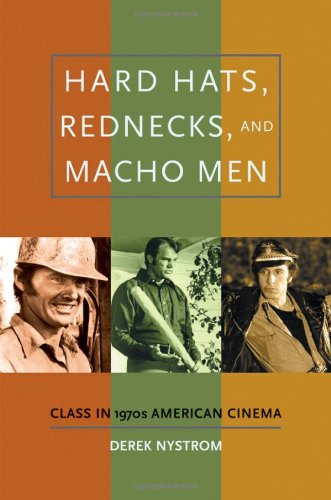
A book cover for Hard Hats, Rednecks, and Macho Men: Class in 1970s American Cinema; Derek Nystrom; Humor & Entertainment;